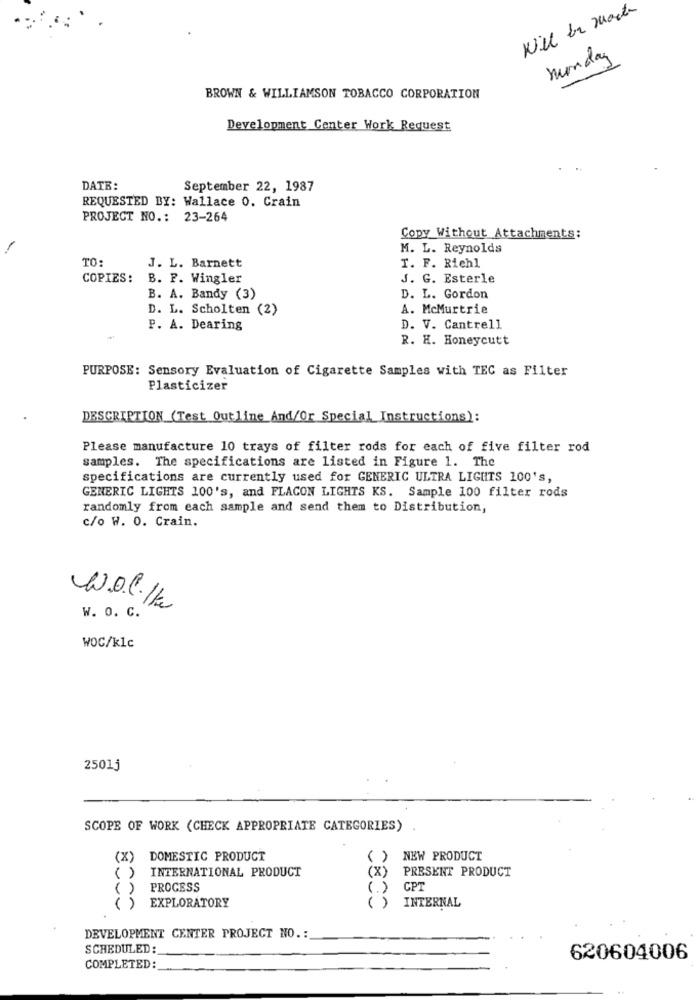
Will be mark
monday
BROWN & WILLIAMSON TOBACCO CORPORATION
Development Center Work Request
DATE:
September 22, 1987
REQUESTED BY: Wallace 0. Crain
PROJECT NO .: 23-264
Copy Without Attachments:
M. L. Reynolds
TO:
J. L. Barnett
T. F. Richl
COPIES:
B. P. Wingler
J. G. Esterle
B. A. Bandy (3)
D. L. Gordon
D. L. Scholten (2)
A. McMurtrie
P. A. Dearing
D. V. Cantrell
R. H. Honeycutt
PURPOSE: Sensory Evaluation of Cigarette Samples with TEC as Filter
Plasticizer
DESCRIPTION (Test Outline And/Or Special Instructions):
Please manufacture 10 trays of filter rods for each of five filter rod
samples. The specifications are listed in Figure 1. The
specifications are currently used for GENERIC ULTRA LIGHTS 100's,
GENERIC LIGHTS 100's, and FLACON LIGHTS KS. Sample 100 filter rods
randomly from each sample and send them to Distribution,
c/o W. 0. Crain.
W. o. c.
WOC/klc
2501j
SCOPE OF WORK (CHECK APPROPRIATE CATEGORIES)
(X)
DOMESTIC PRODUCT
( ) NEW PRODUCT
INTERNATIONAL PRODUCT
(X)
PRESENT PRODUCT
( )
( )
PROCESS
(. )
GPT
EXPLORATORY
INTERNAL
()
()
DEVELOPMENT CENTER PROJECT NO. :
SCHEDULED:
620604006
COMPLETED: